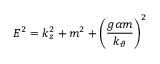
E ^ { 2 } = k _ { z } ^ { 2 } + m ^ { 2 } + \left( \frac { g \alpha m } { k _ { \vartheta } } \right) ^ { 2 }